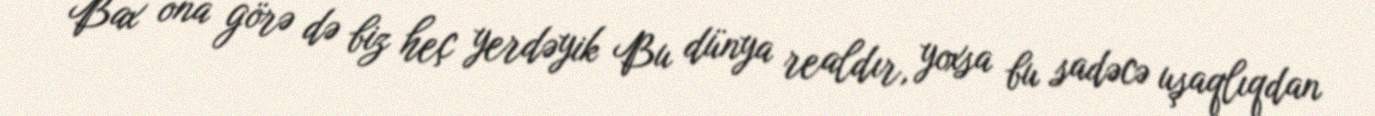
Bax ona görə də biz heç yerdəyik Bu dünya realdır, yoxsa bu sadəcə uşaqlıqdan